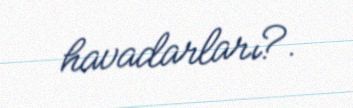
havadarları?.